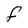
Character: f